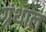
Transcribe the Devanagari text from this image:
ग्रंथाल